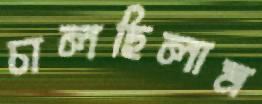
চালছিলাম